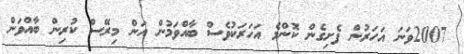
2007ވަނަ އަހަރުން ފެށިގެން ކޮންމެ އަހަރަކުވެސް ބާއްވަމުން އަން މިރޭސް ކުރިން ބާއްވަން